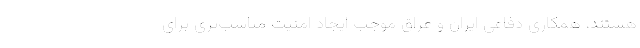
هستند، همکاری‌ دفاعی ایران و عراق موجب ایجاد امنیت مناسب‌تری برای